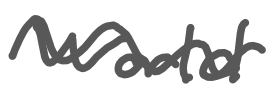
Text: World
Cross-out: wave
Writing tool: digital_gray